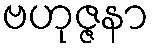
ဗဟုဇ္ဇနာ